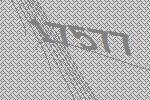
17577